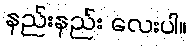
နည်းနည်း လေးပါ။